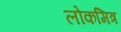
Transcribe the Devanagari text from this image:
लोकमित्र